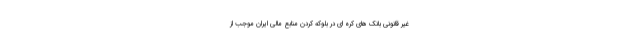
غیر قانونی بانک های کره ای در بلوکه کردن منابع مالی ایران موجب از